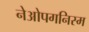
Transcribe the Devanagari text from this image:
नेओपगनिस्म